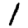
Digit: 1